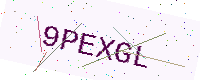
Text: 9PEXGL